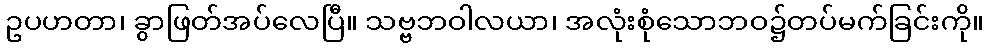
ဥပဟတာ၊ ခွာဖြတ်အပ်လေပြီ။ သဗ္ဗဘဝါလယာ၊ အလုံးစုံသောဘဝ၌တပ်မက်ခြင်းကို။